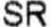
SR